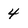
Character: 4